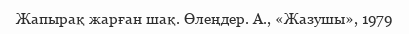
Жапырақ жарған шақ. Өлеңдер. А., «Жазушы», 1979